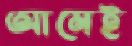
আমেই